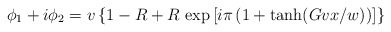
\begin{align*}\phi_1+i\phi_2=v\left\{1-R+R\,\exp \left[i\pi\left(1+\tanh(Gvx/w)\right)\right]\right\} \end{align*}